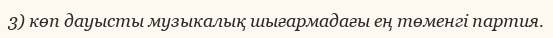
3) көп дауысты музыкалық шығармадағы ең төменгі партия.